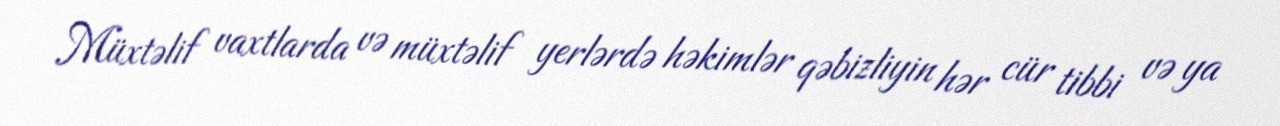
Müxtəlif vaxtlarda və müxtəlif yerlərdə həkimlər qəbizliyin hər cür tibbi və ya